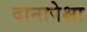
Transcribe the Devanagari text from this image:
दानापेक्षा